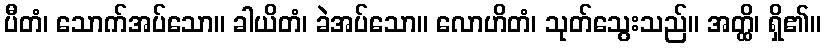
ပီတံ၊ သောက်အပ်သော။ ခါယိတံ၊ ခဲအပ်သော။ လောဟိတံ၊ သုတ်သွေးသည်။ အတ္ထိ၊ ရှိ၏။